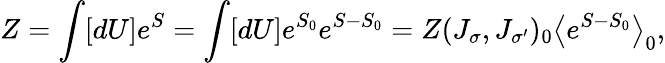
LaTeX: Z=\int[dU]e^{S}=\int[dU]e^{S_{0}}e^{S-S_{0}}=Z(J_{\sigma},J_{\sigma^{\prime}})_{0}\left\langle e^{S-S_{0}}\right\rangle_{0},